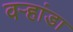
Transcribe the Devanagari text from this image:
वर्‍हांडा